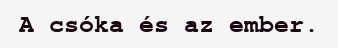
A csóka és az ember.